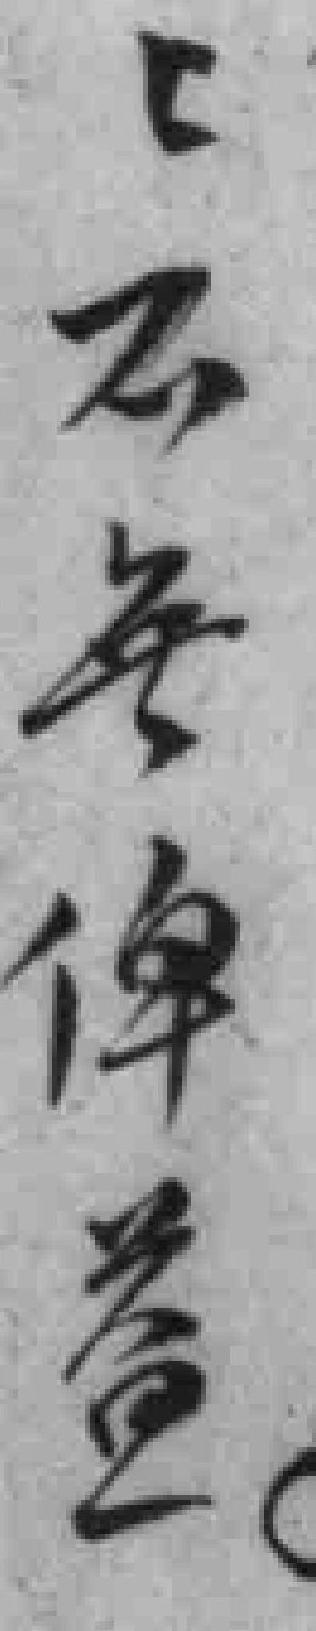
*不無俾益